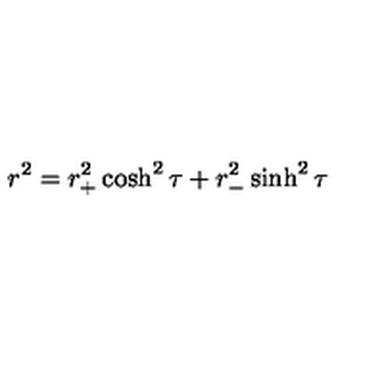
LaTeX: r ^ { 2 } = r _ { + } ^ { 2 } \cosh ^ { 2 } { \tau } + r _ { - } ^ { 2 } \sinh ^ { 2 } { \tau }